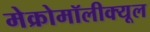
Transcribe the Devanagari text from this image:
मेक्रोमॉलीक्यूल